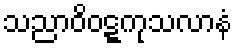
သညာဝိဝဋ္ဋကုသလာနံ